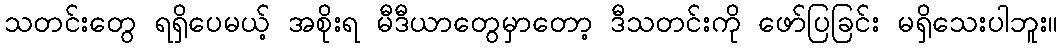
သတင်းတွေ ရရှိပေမယ့် အစိုးရ မီဒီယာတွေမှာတော့ ဒီသတင်းကို ဖော်ပြခြင်း မရှိသေးပါဘူး။